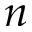
n